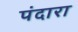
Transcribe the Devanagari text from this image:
पंदारा